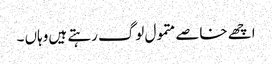
اچھے خاصے متمول لوگ رہتے ہیں وہاں ۔